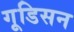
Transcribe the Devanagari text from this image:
गूडिसन